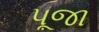
પૂજા